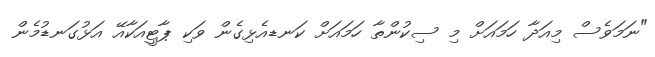
"ނަމަވެސް މިއަދާ ހަމައަށް މި ސިކުންތާ ހަމައަށް ކަނޑއެޅިގެން ވަކި ޕާޓީއަކާއޭ އަޅުގަނޑުމެން